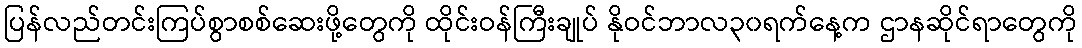
ပြန်လည်တင်းကြပ်စွာစစ်ဆေးဖို့တွေကို ထိုင်းဝန်ကြီးချုပ် နိုဝင်ဘာလ၃၀ရက်နေ့က ဌာနဆိုင်ရာတွေကို